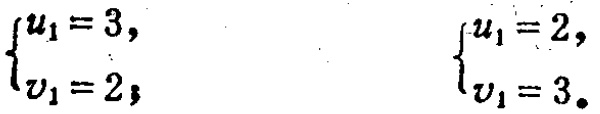
\(\begin{cases}

u_1 = 3,\\

v_1 = 2;

\end{cases}\) \(\begin{cases}

u_1 = 2,\\

v_1 = 3.

\end{cases}\)